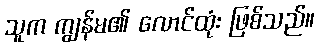
သူက ကျွန်မ၏ လောင်ထုံး ဖြစ်သည်။